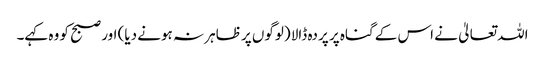
اللہ تعالیٰ نے اس کے گناہ پر پردہ ڈالا (لوگوں پر ظاہر نہ ہونے دیا) اور صبح کو وہ کہے۔